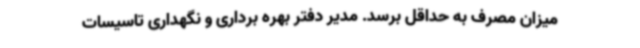
میزان مصرف به حداقل برسد. مدیر دفتر بهره برداری و نگهداری تاسیسات